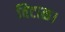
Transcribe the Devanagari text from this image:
विटाळ।